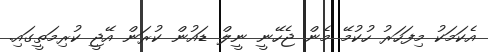
އެކަމަކު މިފަހަރު ހުކުމޭ މެން ޖެހޭނީ ނީލް ޑައުން ކުރަން އޭޖީ ކުރިމަތީގައި.